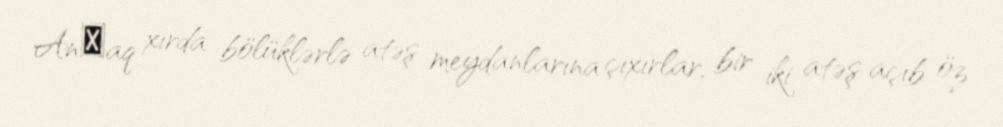
Anсaq xırda bölüklərlə atəş meydanlarına çıxırlar, bir iki atəş açıb öz